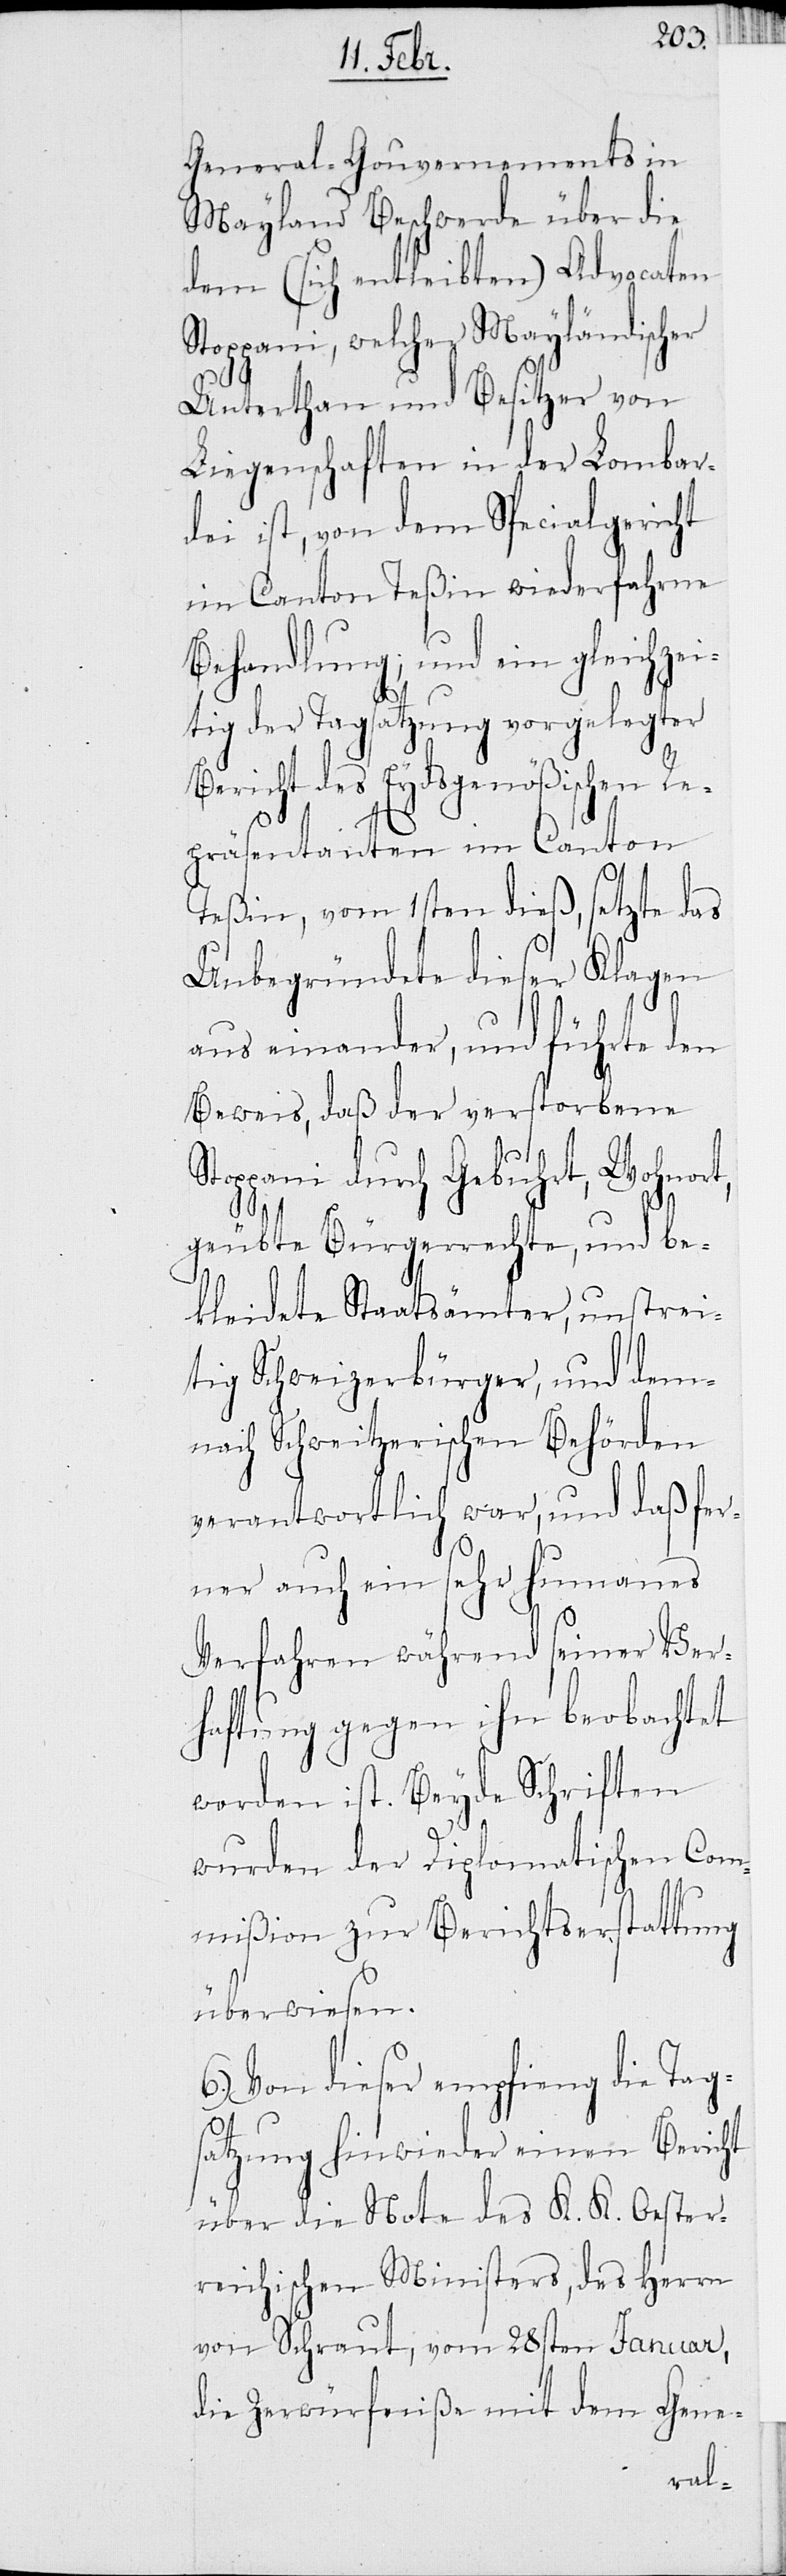
General-Gouvernements in
Mayland Beschwerde über die
dem (sich entleibten) Advocaten
Stoppani, welcher Mayländischer
Unterthan und Besitzer von
Liegenschaften in der Lombar¬
dei ist, von dem Specialgericht
im Canton Teßin wiederfahrne
Behandlung; und ein gleichzei¬
tig der Tagsatzung vorgelegter
Bericht der Eydsgenößischen Re¬
präsentanten im Canton
Teßin, vom 1sten dieß, setzte das
Unbegründete dieser Klagen
aus einander, und führte den
Beweis, daß der verstorbene
Stoppani durch Gebuhrt, Wohnort,
geübte Bürgerrechte, und be¬
kleidete Staatsämter, unstrei¬
tig Schweizerbürger, und dem¬
nach Schweitzerischen Behörden
verantwortlich war, und daß fer¬
ner auch ein sehr humanes
Verfahren während seiner Ver¬
haftung gegen ihn beobachtet
worden ist. Beyde Schriften
wurden der Diplomatischen Com¬
mißion zur Berichterstattung
überwiesen.
Von dieser empfieng die Tag¬
satzung hinwieder einen Bericht
über die Noten des K. K. Oester¬
reichischen Ministers, des Herrn
von Schraut, vom 28sten Januar,
die Zerwürfniße mit dem Gene-